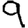
Digit: 9